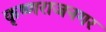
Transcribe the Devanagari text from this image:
कृष्णराजनगर